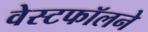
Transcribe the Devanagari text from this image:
वेस्टफॉलने